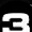
Digit: 3